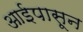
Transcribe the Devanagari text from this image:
आईपासून